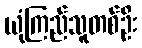
ယုံကြည်သူတစ်ဦး